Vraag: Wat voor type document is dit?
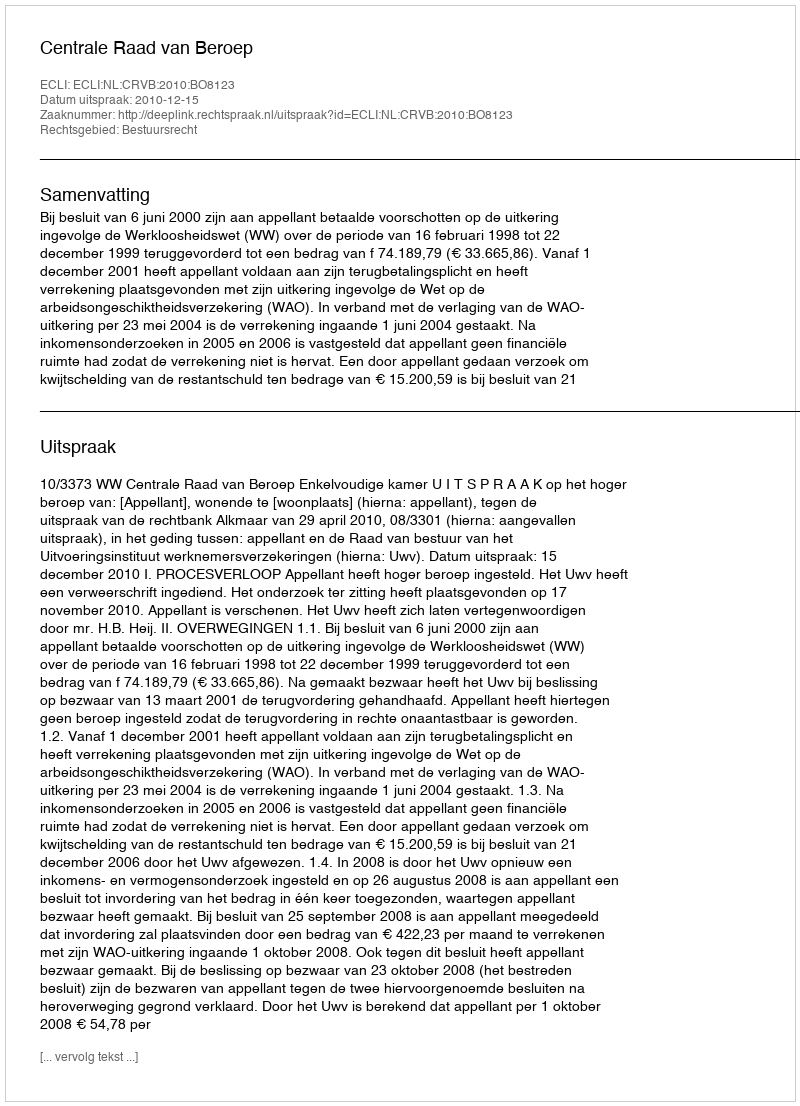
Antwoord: Uitspraak